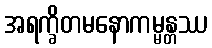
အရက္ခိတမနောကမ္မန္တဿ